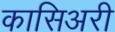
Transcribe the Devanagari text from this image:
कासिअरी